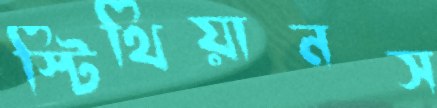
স্টিথিয়ানস